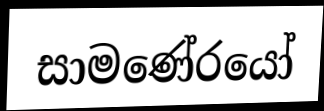
සාමණේරයෝ